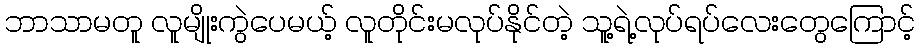
ဘာသာမတူ လူမျိုးကွဲပေမယ့် လူတိုင်းမလုပ်နိုင်တဲ့ သူ့ရဲ့လုပ်ရပ်လေးတွေကြောင့်